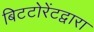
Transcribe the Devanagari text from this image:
बिटटोरेंटद्वारा